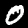
Digit: 0